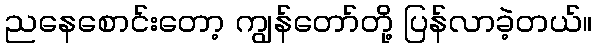
ညနေစောင်းတော့ ကျွန်တော်တို့ ပြန်လာခဲ့တယ်။